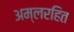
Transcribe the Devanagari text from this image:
अम्लरहित